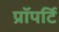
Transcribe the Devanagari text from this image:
प्रॉपर्टि